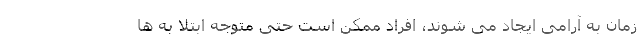
زمان به آرامی ایجاد می شوند، افراد ممکن است حتی متوجه ابتلا به ها